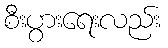
စီးပွားရေးလည်း